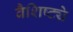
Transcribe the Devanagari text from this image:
वैशिष्ट्येेे